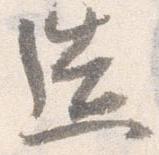
造